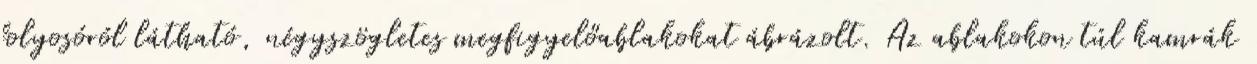
folyosóról látható, négyszögletes megfigyelőablakokat ábrázolt. Az ablakokon túl kamrák